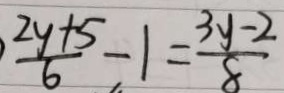
\frac { 2 y + 5 } { 6 } - 1 = \frac { 3 y - 2 } { 8 }